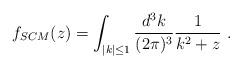
LaTeX: \begin{align*}f_{SCM}(z)=\int _{|k|\leq 1}{{d^3 k}\over {(2\pi)^3}}{1\over {k^2+z}}\ .\end{align*}